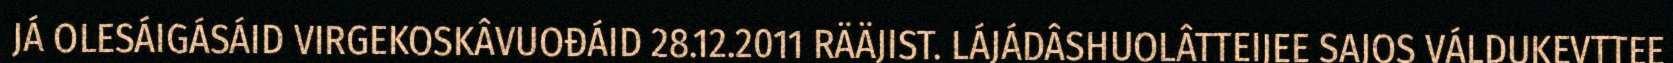
JÁ OLESÁIGÁSÁID VIRGEKOSKÂVUOĐÁID 28.12.2011 RÄÄJIST. LÁJÁDÂSHUOLÂTTEIJEE SAJOS VÁLDUKEVTTEE